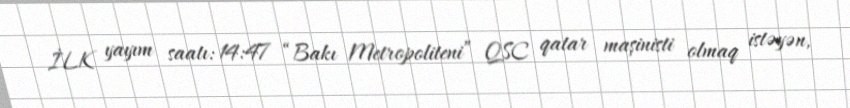
İLK yayım saatı: 14:47 “Bakı Metropoliteni” QSC qatar maşinisti olmaq istəyən,